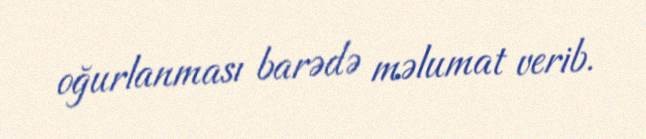
oğurlanması barədə məlumat verib.